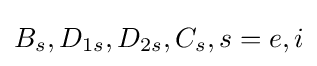
B_{s},D_{1s},D_{2s},C_{s},s=e,i